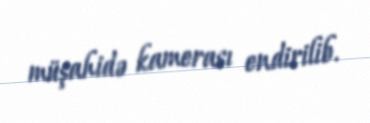
müşahidə kamerası endirilib.